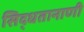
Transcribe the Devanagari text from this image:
सिद्धतानाणी